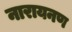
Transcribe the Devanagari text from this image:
नारायनण